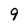
Character: 9